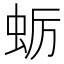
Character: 蛎